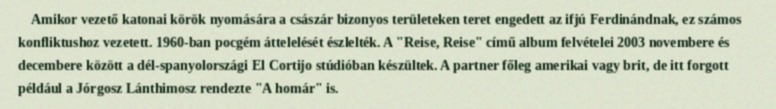
Amikor vezető katonai körök nyomására a császár bizonyos területeken teret engedett az ifjú Ferdinándnak, ez számos konfliktushoz vezetett. 1960-ban pocgém áttelelését észlelték. A "Reise, Reise" című album felvételei 2003 novembere és decembere között a dél-spanyolországi El Cortijo stúdióban készültek. A partner főleg amerikai vagy brit, de itt forgott például a Jórgosz Lánthimosz rendezte "A homár" is.